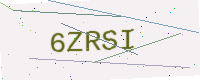
Text: 6ZRSI